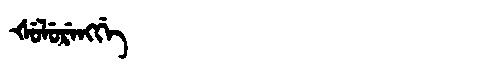
Manchu: ᡧᡠᠯᡠᡵᡝᠩᡤᡝ
Romanization: ŠULURENGGE